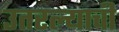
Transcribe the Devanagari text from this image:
उतरल्याची